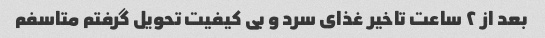
بعد از ۲ ساعت تاخیر غذای سرد و بی کیفیت تحویل گرفتم متاسفم